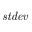
\mathit { s t d e v }